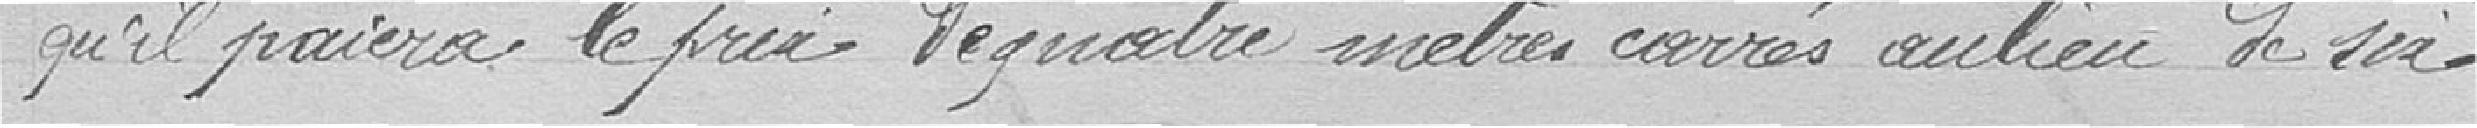
qu'il paiera le prix de quatre mètres carrés au lieu de six.